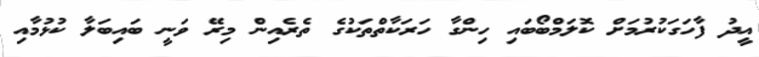
އީދު ފާހަގަކުުރުމަށް ކޮލަމްބޯބައި ހިންގާ ހަރަކާތްތަކުގެ ތެރެއިން މިރޭ ވަނީ ބައިބަލާ ކުޅުމާއި